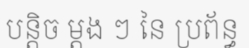
បន្តិច ម្តង ៗ នៃ ប្រព័ន្ធ